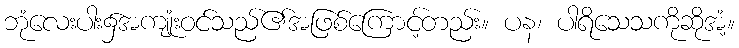
ဘုံလေးပါး၌အကျုံးဝင်သည်၏အဖြစ်ကြောင့်တည်း။ ပန၊ ပါရိသေသကိုဆိုအံ့။